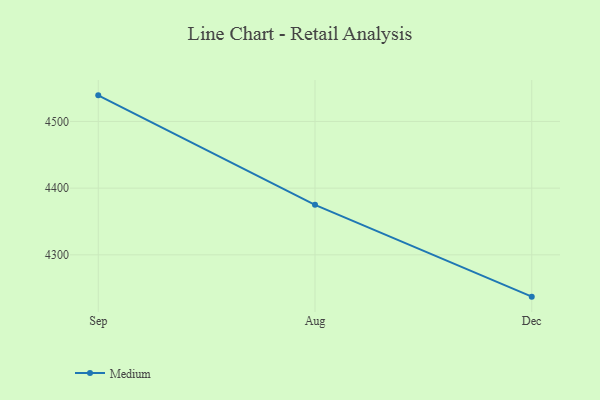
{"axis": {"x": "Month", "y": "Backlog"}, "legend": ["Medium"], "data": [{"x": "Sep", "y": 4539.1, "type": "Medium"}, {"x": "Aug", "y": 4375.0, "type": "Medium"}, {"x": "Dec", "y": 4237.3, "type": "Medium"}]}